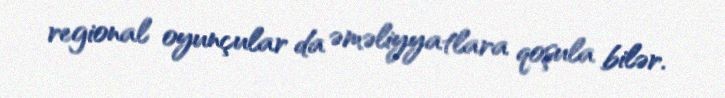
regional oyunçular da əməliyyatlara qoşula bilər.